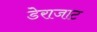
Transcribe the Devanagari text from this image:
डेराजाट